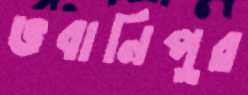
ভবানিপুর